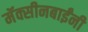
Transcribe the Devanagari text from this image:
मॅक्सीनबाईंनी